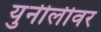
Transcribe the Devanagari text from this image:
युनीलीवर